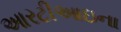
આરટીઆઇના